Vaccination in Bombay 1856-1862 - 1856-1862
Year: 1856
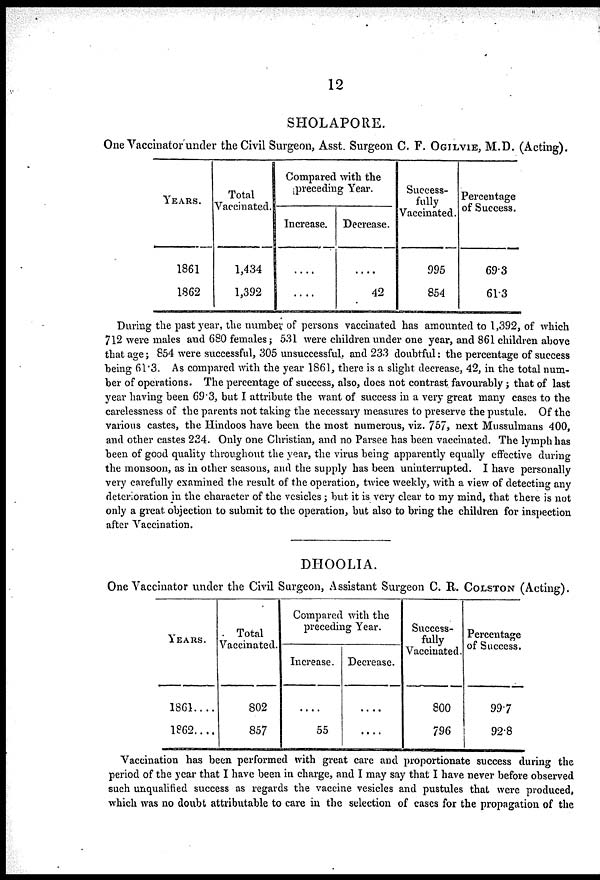
12
SHOLAPORE.
One Vaccinator under the Civil Surgeon, Asst. Surgeon C. F. OGILVIE, M.D. (Acting).
YEARS.
1861
1862
Total
Vaccinated.
1,434
1,392
Compared with the
preceding Year.
Increase.
....
....
Decrease.
....
42
Success-
fully
Vaccinated.
995
854
Percentage
of Success.
69.3
61.3
During the past year, the number of persons vaccinated has amounted to 1,392, of which
712 were males and 680 females; 531 were children under one year, and 861 children above
that age; 854 were successful, 305 unsuccessful, and 233 doubtful: the percentage of success
being 61.3. As compared with the year 1861, there is a slight decrease, 42, in the total num-
ber of operations. The percentage of success, also, does not contrast favourably; that of last
year having been 69.3, but I attribute the want of success in a very great many cases to the
carelessness of the parents not taking the necessary measures to preserve the pustule. Of the
various castes, the Hindoos have been the most numerous, viz. 757, next Mussulmans 400,
and other castes 234. Only one Christian, and no Parsee has been vaccinated. The lymph has
been of good quality throughout the year, the virus being apparently equally effective during
the monsoon, as in other seasons, and the supply has been uninterrupted. I have personally
very carefully examined the result of the operation, twice weekly, with a view of detecting any
deterioration in the character of the vesicles; but it is very clear to my mind, that there is not
only a great objection to submit to the operation, but also to bring the children for inspection
after Vaccination.
DHOOLIA.
One Vaccinator under the Civil Surgeon, Assistant Surgeon C. R. COLSTON (Acting).
YEARS.
1861....
1862....
Total
Vaccinated.
802
857
Compared with the
preceding Year.
Increase.
....
55
Decrease.
....
....
Success-
fully
Vaccinated.
800
796
Percentage
of Success.
99.7
92.8
Vaccination has been performed with great care and proportionate success during the
period of the year that I have been in charge, and I may say that I have never before observed
such unqualified success as regards the vaccine vesicles and pustules that were produced,
which was no doubt attributable to care in the selection of cases for the propagation of the